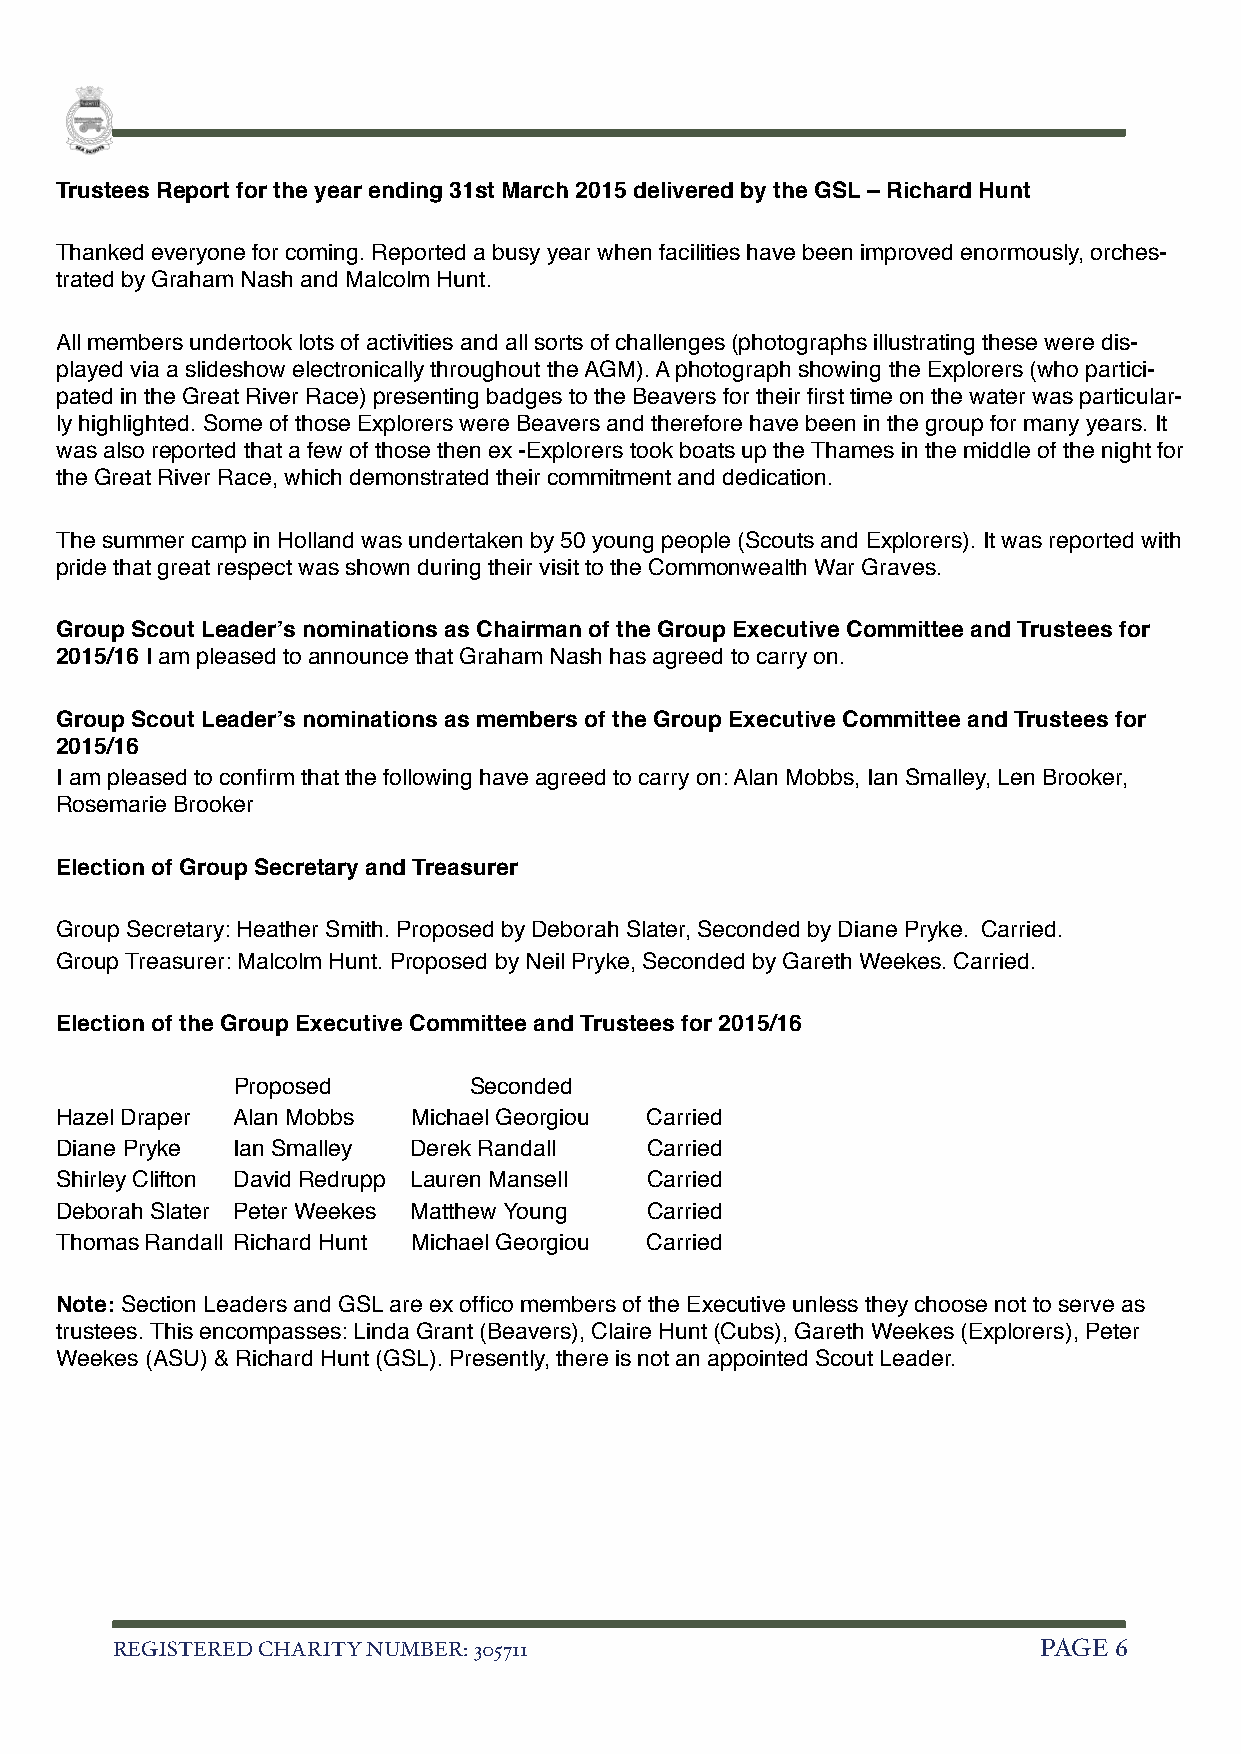
Trustees Report for the year ending 31st March 2015 delivered by the GSL – Richard Hunt
 Thanked everyone for coming. Reported a busy year when facilities have been improved enormously, orches-
 trated by Graham Nash and Malcolm Hunt.
 All members undertook lots of activities and all sorts of challenges (photographs illustrating these were dis-
 played via a slideshow electronically throughout the AGM). A photograph showing the Explorers (who partici-
 pated in the Great River Race) presenting badges to the Beavers for their first time on the water was particular-
 ly highlighted. Some of those Explorers were Beavers and therefore have been in the group for many years. It
 was also reported that a few of those then ex -Explorers took boats up the Thames in the middle of the night for
 the Great River Race, which demonstrated their commitment and dedication.
 The summer camp in Holland was undertaken by 50 young people (Scouts and Explorers). It was reported with
 pride that great respect was shown during their visit to the Commonwealth War Graves.
 Group Scout Leader’s nominations as Chairman of the Group Executive Committee and Trustees for
 2015/16 I am pleased to announce that Graham Nash has agreed to carry on.
 Group Scout Leader’s nominations as members of the Group Executive Committee and Trustees for
 2015/16
 I am pleased to confirm that the following have agreed to carry on: Alan Mobbs, Ian Smalley, Len Brooker,
 Rosemarie Brooker
 Election of Group Secretary and Treasurer
 Group Secretary: Heather Smith. Proposed by Deborah Slater, Seconded by Diane Pryke. Carried.
 Group Treasurer: Malcolm Hunt. Proposed by Neil Pryke, Seconded by Gareth Weekes. Carried.
 Election of the Group Executive Committee and Trustees for 2015/16
 Proposed        Seconded
 Hazel Draper Alan Mobbs Michael Georgiou Carried
 Diane Pryke Ian Smalley Derek Randall  Carried
 Shirley Clifton David Redrupp Lauren Mansell Carried
 Deborah Slater Peter Weekes Matthew Young Carried
 Thomas Randall Richard Hunt Michael Georgiou Carried
 Note: Section Leaders and GSL are ex offico members of the Executive unless they choose not to serve as
 trustees. This encompasses: Linda Grant (Beavers), Claire Hunt (Cubs), Gareth Weekes (Explorers), Peter
 Weekes (ASU) & Richard Hunt (GSL). Presently, there is not an appointed Scout Leader.
 REGISTERED CHARITY NUMBER: 305711                             PAGE 6